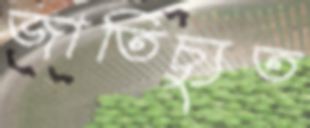
জাতিচ্যুত